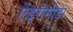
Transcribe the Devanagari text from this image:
ऐंड्रोमीडा